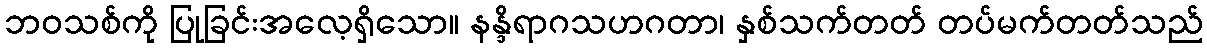
ဘဝသစ်ကို ပြုခြင်းအလေ့ရှိသော။ နန္ဒိရာဂသဟဂတာ၊ နှစ်သက်တတ် တပ်မက်တတ်သည်